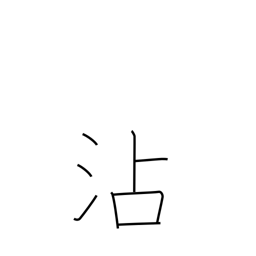
Meaning: soak